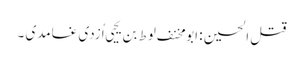
قتل الحسین : ابو مخنف لوط بن یحیی اُزدی غامدی ۔